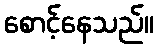
စောင့်နေသည်။